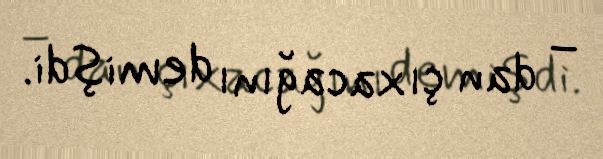
– dan çıxacağını demişdi.